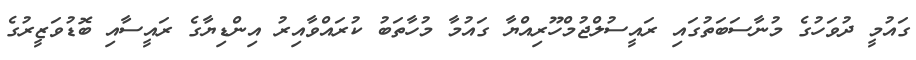
ގައުމީ ދުވަހުގެ މުނާސަބަތުގައި ރައީސުލްޖުމްހޫރިއްޔާ ގައުމާ މުހާތަބު ކުރައްވާއިރު އިންޑިޔާގެ ރައީސާއި ބޮޑުވަޒީރުގެ